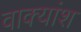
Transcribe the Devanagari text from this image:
वाक्‍यांश